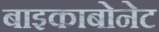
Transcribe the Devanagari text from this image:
बाइकाबोनेट